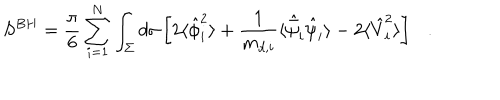
S ^ { B H } = { \frac { \pi } { 6 } } \sum _ { i = 1 } ^ { N } \int _ { \Sigma } d \sigma \left[ 2 \langle \hat { \phi } _ { i } ^ { 2 } \rangle + { \frac { 1 } { m _ { d , i } } } \langle \hat { \bar { \psi } } _ { i } \hat { \psi } _ { i } \rangle - 2 \langle \hat { V } _ { i } ^ { 2 } \rangle \right] .